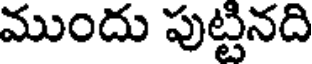
ముందు పుట్టినది